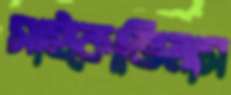
সাইকোভিলাস